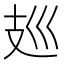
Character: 𰕀